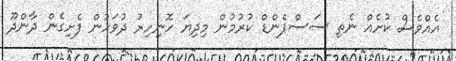
އެއްވެސް ކުށެއް ނެތި ސަސްޕެންޑް ކުރުމުން މިދިޔަ ހޮނިހިރު ދުވަހުން ފެށިގެން ދާންދޫ